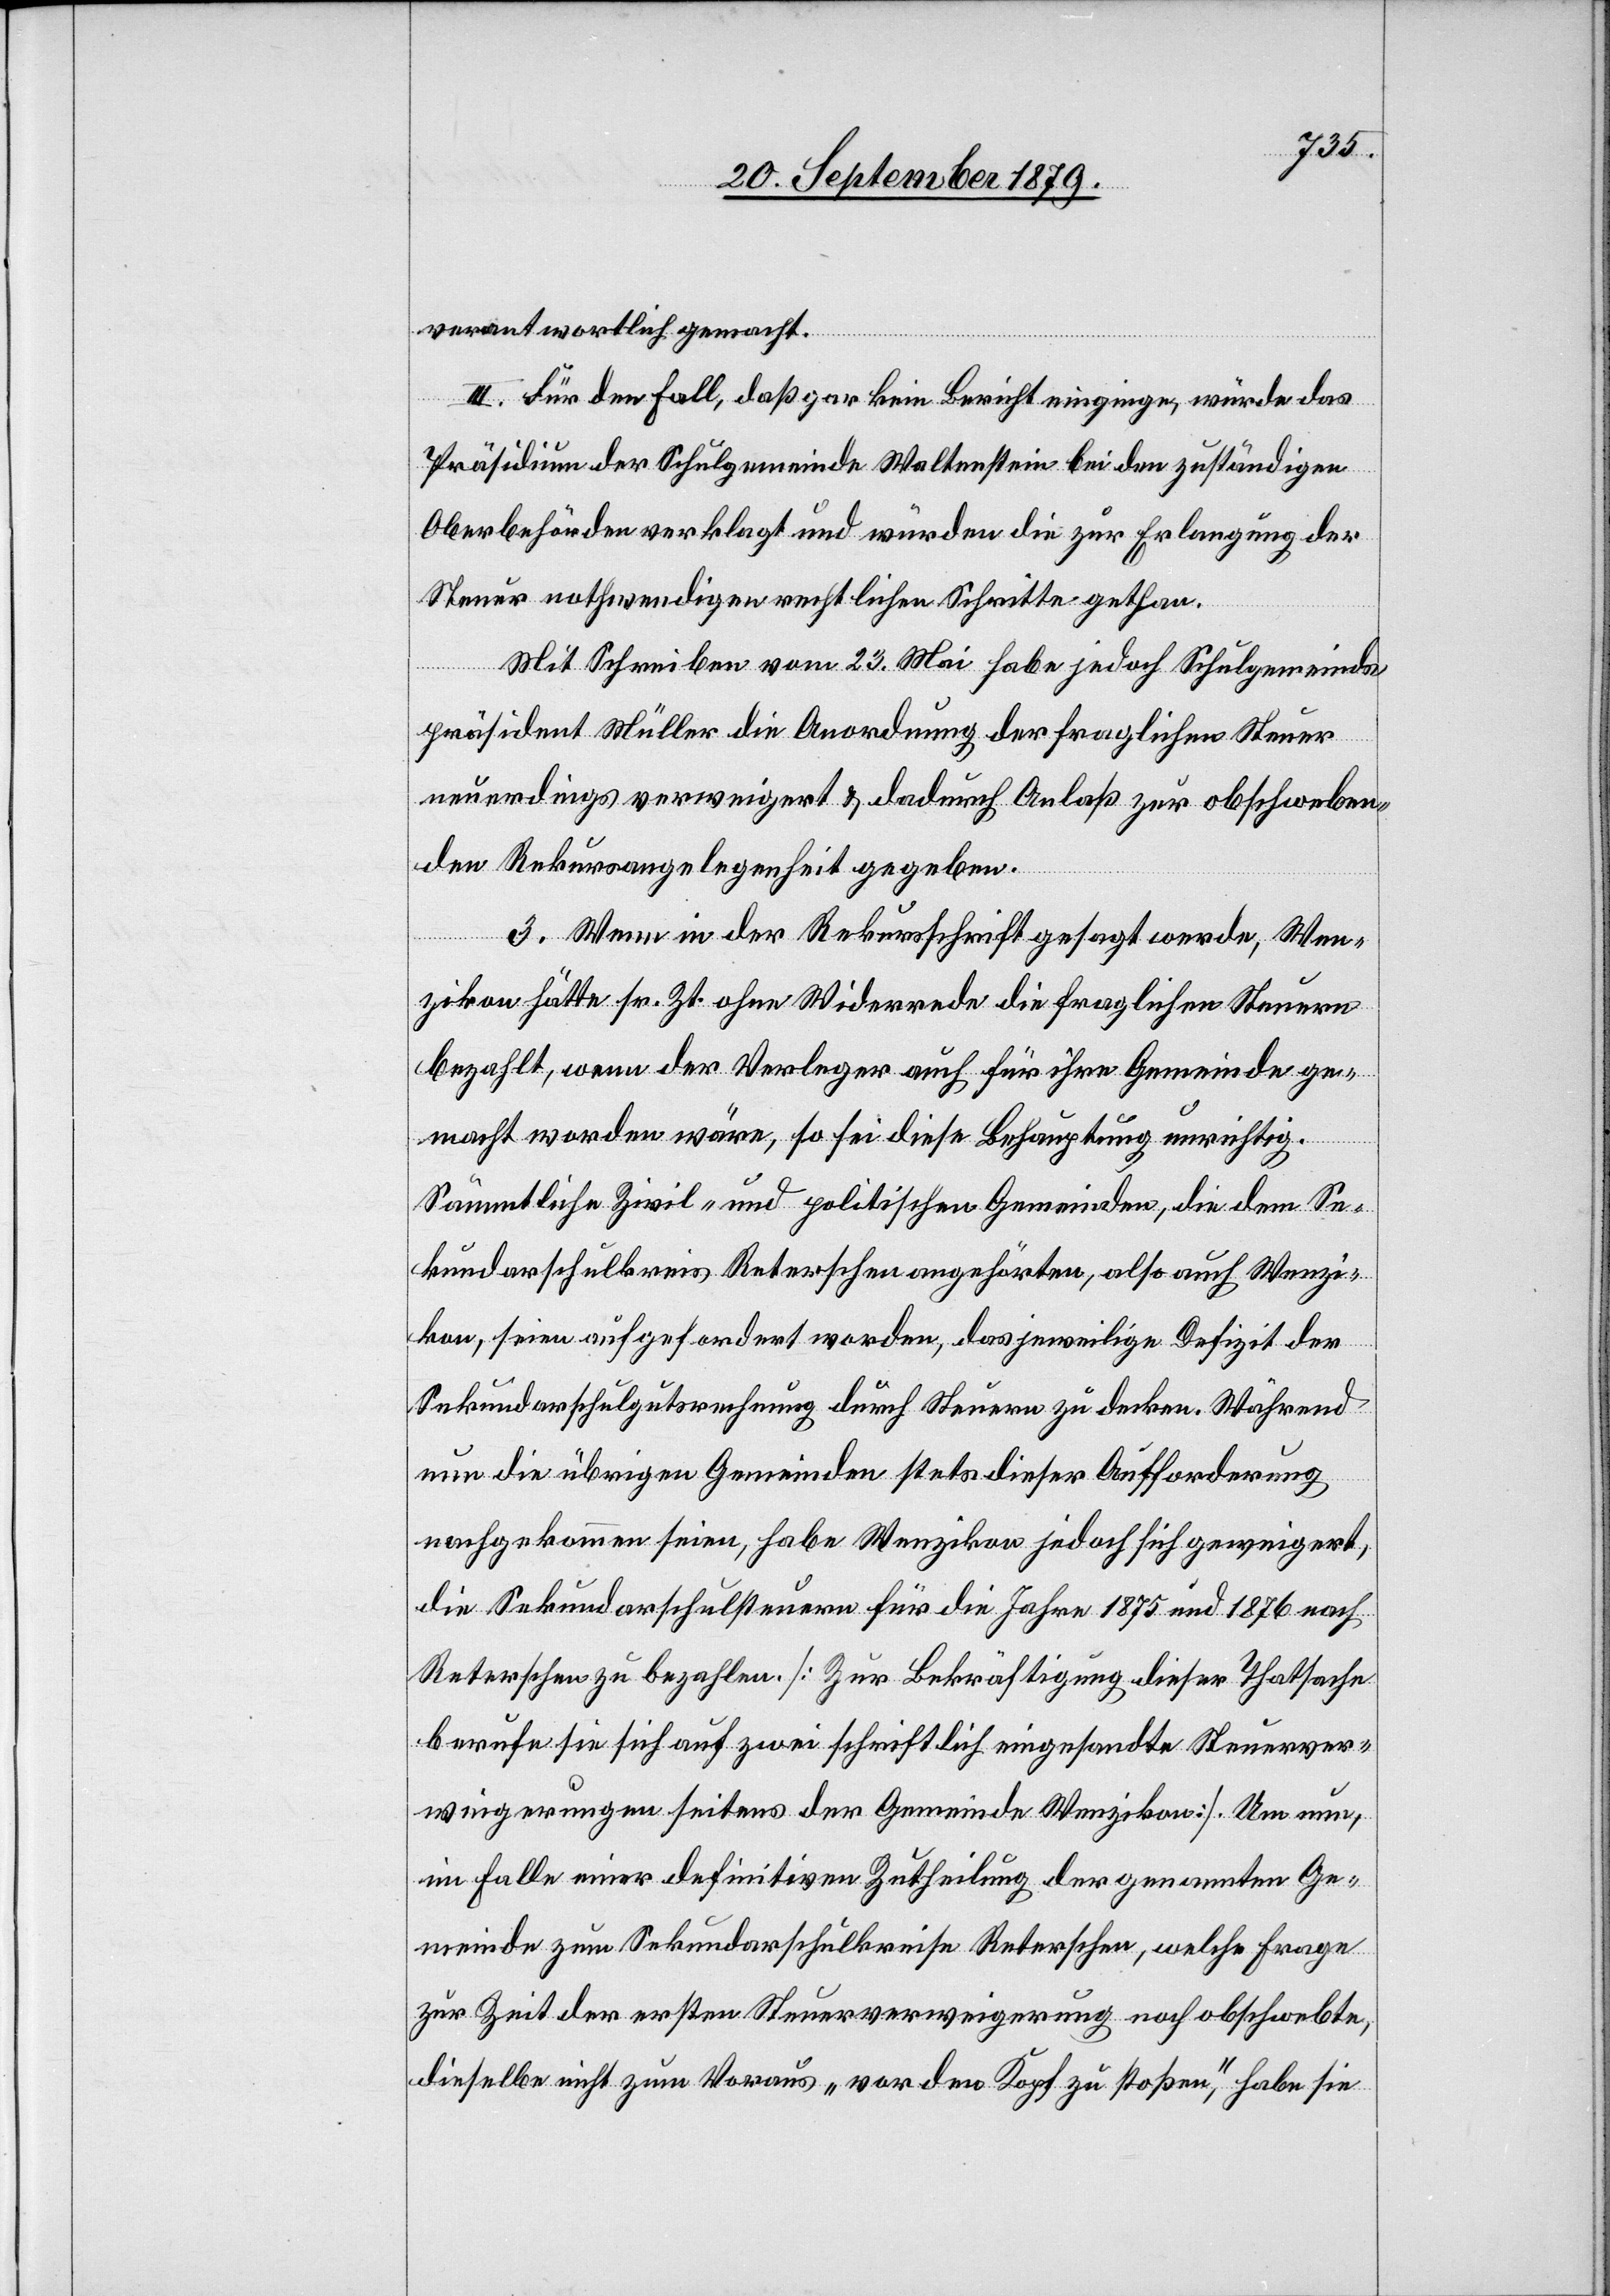
verantwortlich gemacht.
III. Für den Fall, daß gar kein Bericht einginge, würde das
Präsidium der Schulgemeinde Waltenstein bei den zuständigen
Oberbehörden verklagt und würden die zur Erlangung der
Steuer nothwendigen rechtlichen Schritte gethan.
Mit Schreiben vom 23. Mai habe jedoch Schulgemeinds¬
präsident Müller die Anordnung der fraglichen Steuer
neuerdings verweigert & dadurch Anlaß zur obschweben¬
den Rekursangelegenheit gegeben.
3. Wenn in der Rekursschrift gesagt werde, Wen¬
zikon hätte sr. Zt. ohne Widerrede die fraglichen Steuern
bezahlt, wenn der Verleger auch für ihre Gemeinde ge¬
macht worden wäre, so sei diese Behauptung unrichtig.
Sämmtliche Zivil- und politischen Gemeinden, die dem Se¬
kundarschulkreis Reterschen angehörten, also auch Wenzi¬
kon, seien aufgefordert worden, das jeweilige Defizit der
Sekundarschulgutsrechnung durch Steuern zu decken. Während
nun die übrigen Gemeinden stets dieser Aufforderung
nachgekommen seien, habe Wenzikon jedoch sich geweigert,
die Sekundarschulsteuern für die Jahre 1875 und 1876 nach
Reterschen zu bezahlen. [Zur Bekräftigung dieser Thatsache
berufe sie sich auf zwei schriftlich eingesandte Steuerver¬
weigerungen seitens der Gemeinde Wenzikon]. Um nun,
im Falle einer definitiven Zutheilung der genannten Ge¬
meinde zum Sekundarschulkreise Reterschen, welche Frage
zur Zeit der ersten Steuerverweigerung noch obschwebte,
dieselbe nicht zum Voraus „vor den Kopf zu stoßen“, habe sie